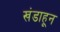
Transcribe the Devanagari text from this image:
खंडाहून